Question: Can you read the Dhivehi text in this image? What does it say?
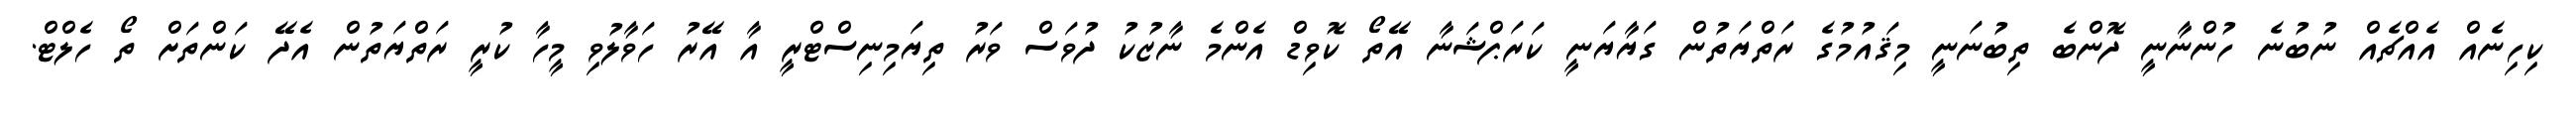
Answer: ކިހިނެއް އެއްޗެއް ނުބުނެ ހުންނާނީ ދޮންބެ ތިބުނަނީ މިޤައުމުގެ ރަތްޔަތުން ގަޔާޔަނީ ކަރަޕްޝަނާ އޭތޯ ކޮވިޑް އެންމެ ނާޒުކު ދުވަސް ވަރު ތިޔަމިނިސްޓްރީ އާ އޭރު ހަވާލުވި މީހާ ކުރީ ރަތްޔަތުން އެދޭ ކަންތަށް ތޯ ހެލްޓް.